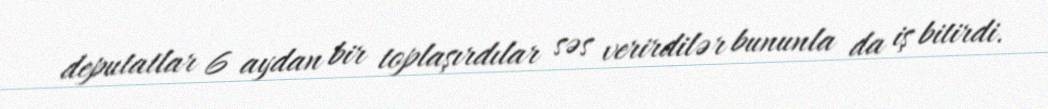
deputatlar 6 aydan bir toplaşırdılar səs verirdilər bununla da iş bitirdi.